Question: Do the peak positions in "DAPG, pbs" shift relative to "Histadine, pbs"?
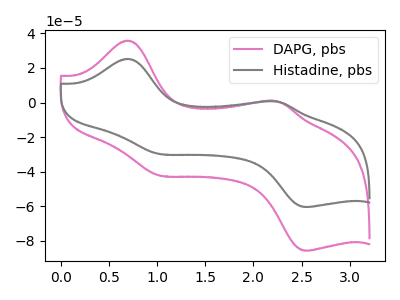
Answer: <think>The pink curve "DAPG, pbs" has anodic peaks at (0.70V, 35.80uA) (2.25V, 0.80uA) and cathodic peaks at (1.05V, -42.20uA) (2.55V, -85.60uA). The gray curve "Histadine, pbs" has anodic peaks at (0.70V, 25.25uA) (2.25V, 0.55uA) and cathodic peaks at (1.05V, -29.75uA) (2.55V, -60.35uA).
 All the peaks in "DAPG, pbs" have a peak in "Histadine, pbs" at the same potential. Every peak in "DAPG, pbs" is higher than every peak in "Histadine, pbs".</think>
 <answer>No, "DAPG, pbs" and "Histadine, pbs" don't appear to be significantly different in shape</answer>
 <eval>no_change</eval>